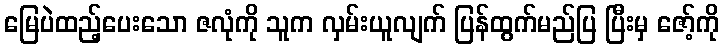
မြေပဲထည့်ပေးသော ဇလုံကို သူက လှမ်းယူလျက် ပြန်ထွက်မည်ပြ ပြီးမှ ဇော့်ကို